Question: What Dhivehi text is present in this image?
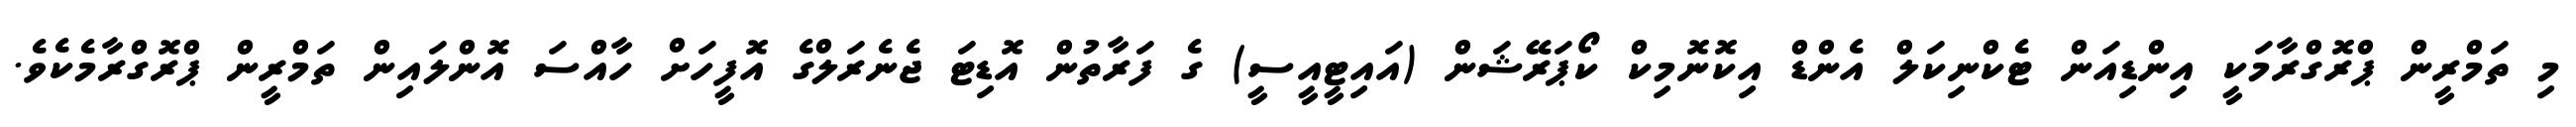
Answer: މި ތަމްރީން ޕްރޮގްރާމަކީ އިންޑިއަން ޓެކްނިކަލް އެންޑް އިކޮނޮމިކް ކޯޕަރޭޝަން (އައިޓީއީސީ) ގެ ފަރާތުން އޮޑިޓަ ޖެނެރަލްގެ އޮފީހަށް ހާއްސަ އޮންލައިން ތަމްރީން ޕްރޮގްރާމެކެވެ.